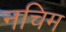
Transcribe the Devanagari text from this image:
नचिम